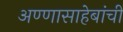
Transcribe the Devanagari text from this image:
अण्णासाहेबांची